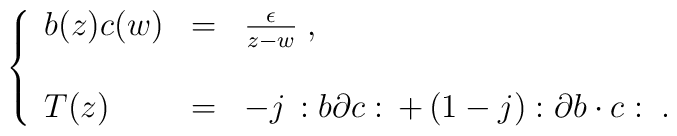
\left\{\begin{array}{lcl}b(z)c(w) &=& \frac{\epsilon}{z-w} \; , \\& & \\T(z) &=& -j\, :b\partial c:\,+\, (1-j):\partial b \cdot c: \; .\end{array}\right.